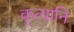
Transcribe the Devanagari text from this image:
कृत्यानि